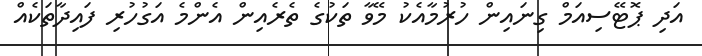
އަދި ޕޮޓޭސިއަމް ގިނައިން ހުރުމާއެކު މޭވާ ތަކުގެ ތެރެއިން އެންމެ އަގުހުރި ފައިދާތަކެއް